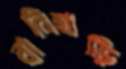
বানিহাড়ি